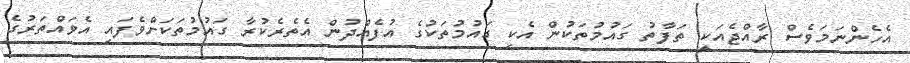
އެހެންނަމަވެސް ރާއްޖެއަކީ ތަފާތު ގައުމުތަކުން އެކި ގައުމުތަކުގެ އުފެއްދުން އެތެރެކުރާ ގައުމުތަކަށްވެފައި އެވައްތަރުގެ